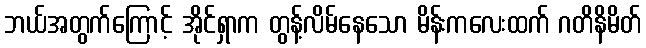
ဘယ်အတွက်ကြောင့် အိုင်ရှာက တွန့်လိမ်နေသော မိန်းကလေးထက် ဂတိနိမိတ်